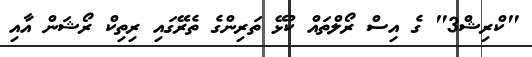
"ކްރިޝް3" ގެ އިސް ރޯލްތައް ކުޅޭ ތަރިންގެ ތެރޭގައި ރިތިކް ރޯޝަން އާއި